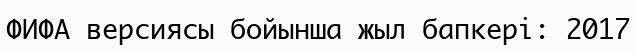
ФИФА версиясы бойынша жыл бапкері: 2017